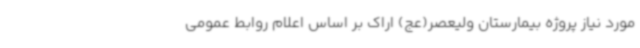
مورد نیاز پروژه بیمارستان ولیعصر(عج) اراک بر اساس اعلام روابط عمومی